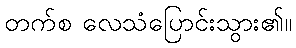
တက်စ လေသံပြောင်းသွား၏။